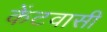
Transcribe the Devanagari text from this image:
केंटवासी